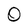
Character: O